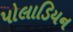
પોલાડિયન